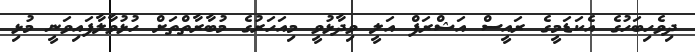
ދިވެހިބަހުގެ އެކަޑަމީގެ ރައީސް އަޝްރަފް އަލީ ވިދާޅުވީ މިއަހަރުގެ މުބާރާތްތަށް ހުޅުވާލާފައިވަނީ މުޅި